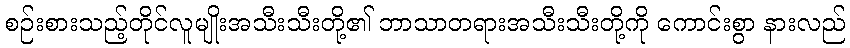
စဉ်းစားသည့်တိုင်လူမျိုးအသီးသီးတို့၏ ဘာသာတရားအသီးသီးတို့ကို ကောင်းစွာ နားလည်